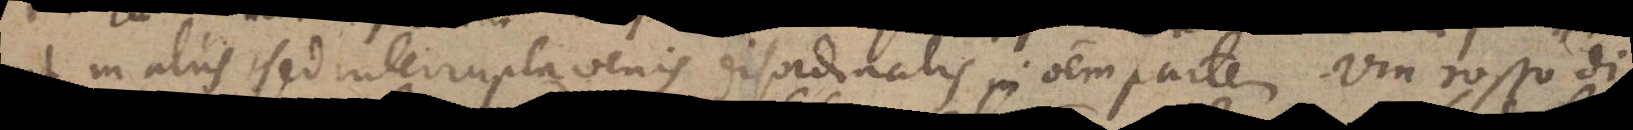
ut in aliis sed interrupta venis disordinatis in omnem partem. Vin rosso di